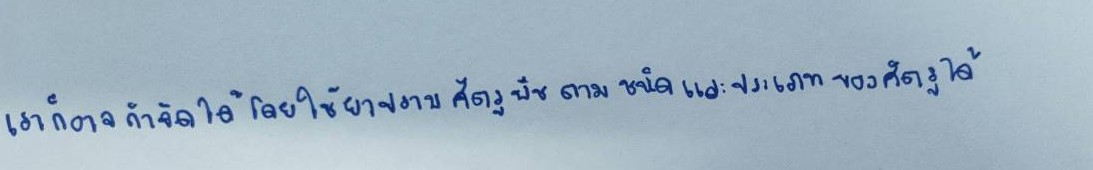
เราก็อาจกำจัดได้โดยใช้ยาปราบศัตรูพืชตามชนิดและประเภทของศัตรูได้